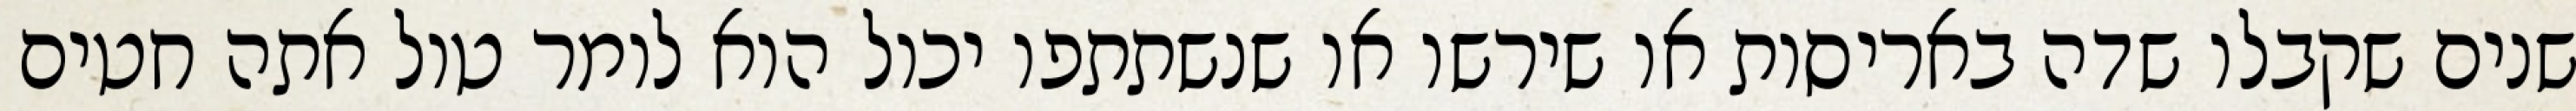
שנים שקבלו שדה באריסות או שירשו או שנשתתפו יכול הוא לומר טול אתה חטים